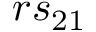
r s _ { 2 1 }